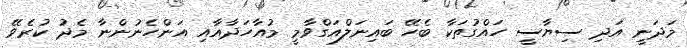
މަދަނީ އަދި ސިޔާސީ ހައްގުތަކާ ބެހޭ ބައިނަލްއަގްވާމީ މުއާހަދާއާއި އަންހެނުންނާ މެދު ކުރެވޭ